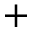
+